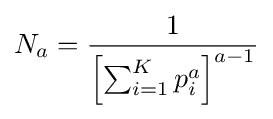
N_{a}={\frac {1}{\left[\sum _{i=1}^{K}p_{i}^{a}\right]^{a-1}}}